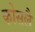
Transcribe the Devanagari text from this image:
कोसलै